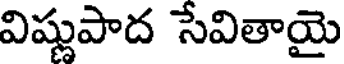
విష్ణుపాద సేవితాయై